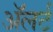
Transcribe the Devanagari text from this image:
अॅलर्ट